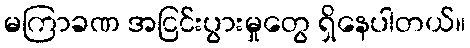
မကြာခဏ အငြင်းပွားမှုတွေ ရှိနေပါတယ်။